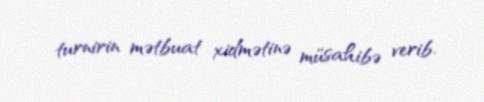
turnirin mətbuat xidmətinə müsahibə verib.